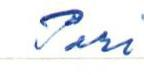
Pori